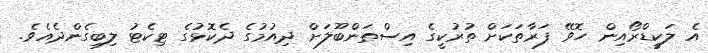
އެ ލަކީޑްރޯއިން ހޮވޭ ފަރާތަކަށް ތުރުކީގެ އިސްތަންބޫލަށް ދިއުމުގެ ދެކޮޅުގެ ޓިކެޓު ލިބިގެންދެއެވެ.